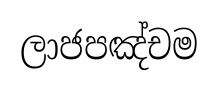
ලාජපඤ්චම